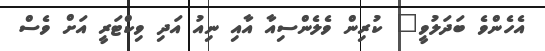
އެހެންވެ ބަދަލުވީ" ކުރިން ވެލެންސިއާ އާއި ނިއު އަދި ވިކްޓަރީ އަށް ވެސް